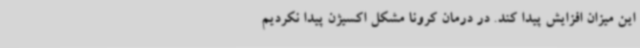
این میزان افزایش پیدا کند. در درمان کرونا مشکل اکسیژن پیدا نکردیم